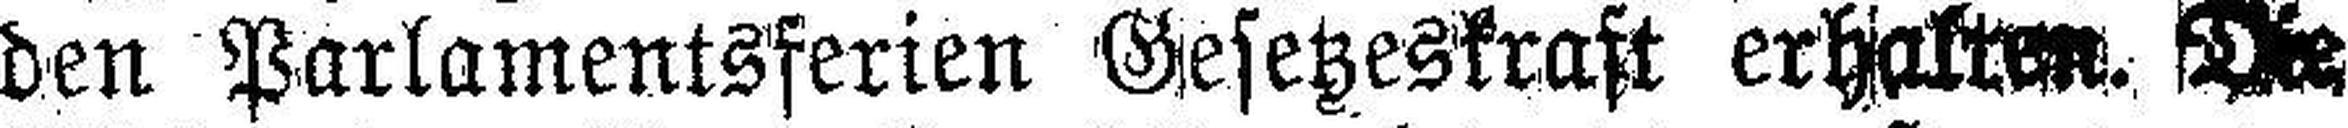
den Parlamentsferien Gesetzeskraft erhalten. Die